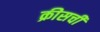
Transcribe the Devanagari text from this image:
क्रीसची